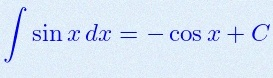
\int \sin x\,dx=-\cos x+C